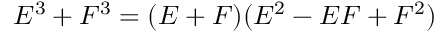
E ^ { 3 } + F ^ { 3 } = ( E + F ) ( E ^ { 2 } - E F + F ^ { 2 } )